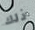
ذلك